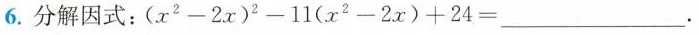
6. 分解因式：$$ (x^{2}-2x)^{2} - 11(x^{2}-2x) + 24 = ___$$ .